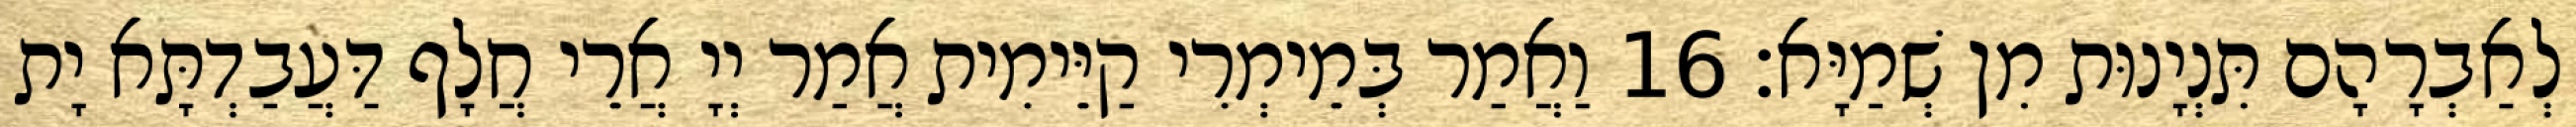
לְאַבְרָהָם תִּנְיָנוּת מִן שְׁמַיָּא׃ 16 וַאֲמַר בְּמֵימְרִי קַיֵּימִית אֲמַר יְיָ אֲרֵי חֲלָף דַּעֲבַדְתָּא יָת